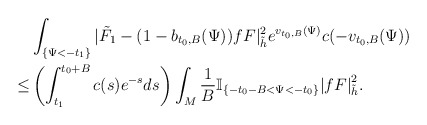
\begin{align*} & \int_{\{\Psi<-t_1\}}|\tilde{F}_1-(1-b_{t_0,B}(\Psi))fF|^2_{\tilde{h}} e^{v_{t_0,B}(\Psi)}c(-v_{t_0,B}(\Psi)) \\ \le &\left(\int_{t_1}^{t_0+B}c(s)e^{-s}ds\right) \int_{M}\frac{1}{B}\mathbb{I}_{\{-t_0-B<\Psi<-t_0\}}{|fF|}^2_{\tilde{h}}.\end{align*}